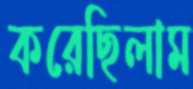
করেছিলাম